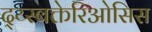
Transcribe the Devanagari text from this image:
द्य्स्बक्तेरिओसिस